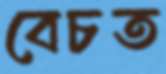
বেচত